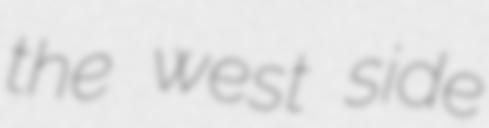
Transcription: the west side